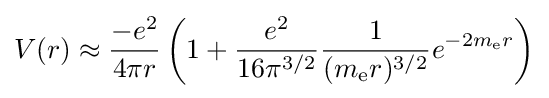
V(r)\approx {\frac {-e^{2}}{4\pi r}}\left(1+{\frac {e^{2}}{16\pi ^{3/2}}}{\frac {1}{(m_{\text{e}}r)^{3/2}}}e^{-2m_{\text{e}}r}\right)